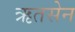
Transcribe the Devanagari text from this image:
ऋतसेन